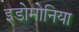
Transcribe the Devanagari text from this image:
इडोमोनिया